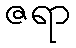
ဇရာ